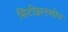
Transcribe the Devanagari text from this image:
सिटीझनशीप